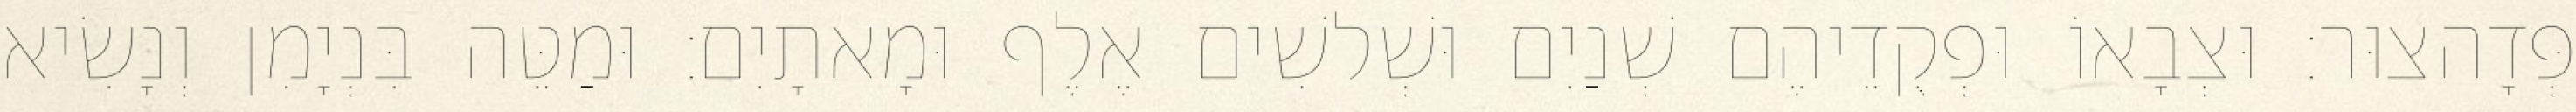
פְּדָהצוּר׃ וּצְבָאוֹ וּפְקֻדֵיהֶם שְׁנַיִם וּשְׁלשִׁים אֶלֶף וּמָאתָיִם׃ וּמַטֵּה בִּנְיָמִן וְנָשִׂיא